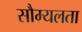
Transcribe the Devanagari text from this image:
सौम्‍यलता